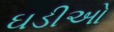
ઘડીઓ